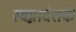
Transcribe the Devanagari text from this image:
स्वप्नादेशके